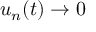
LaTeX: u _ { n } ( t ) \to 0